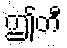
ဤတီ